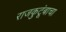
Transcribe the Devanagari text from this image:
राजकुटूंबाचा